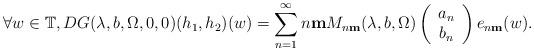
LaTeX: \begin{align*}\forall w\in\mathbb{T},DG(\lambda,b,\Omega,0,0)(h_{1},h_{2})(w)=\sum_{n=1}^{\infty}n\mathbf{m}M_{n\mathbf{m}}(\lambda,b,\Omega)\left(\begin{array}{c}a_{n}\\b_{n}\end{array}\right)e_{n\mathbf{m}}(w).\end{align*}